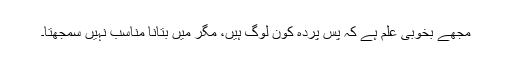
مجھے بخوبی علم ہے کہ پس پردہ کون لوگ ہیں، مگر میں بتانا مناسب نہیں سمجھتا۔